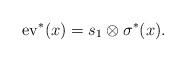
LaTeX: \begin{align*}{\rm ev}^\ast(x)=s_1\otimes \sigma^\ast(x).\end{align*}